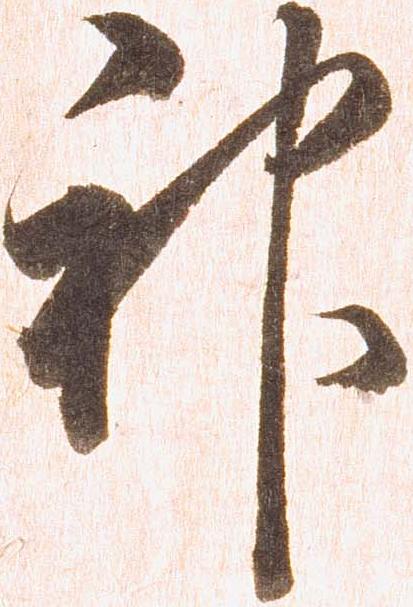
神